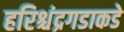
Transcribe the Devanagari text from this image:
हरिश्चंद्रगडाकडे